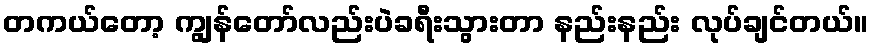
တကယ်တော့ ကျွန်တော်လည်းပဲခရီးသွားတာ နည်းနည်း လုပ်ချင်တယ်။